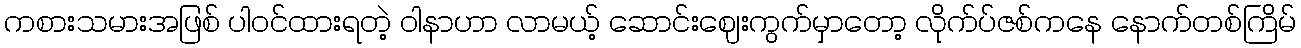
ကစားသမားအဖြစ် ပါဝင်ထားရတဲ့ ဝါနာဟာ လာမယ့် ဆောင်းဈေးကွက်မှာတော့ လိုက်ပ်ဇစ်ကနေ နောက်တစ်ကြိမ်